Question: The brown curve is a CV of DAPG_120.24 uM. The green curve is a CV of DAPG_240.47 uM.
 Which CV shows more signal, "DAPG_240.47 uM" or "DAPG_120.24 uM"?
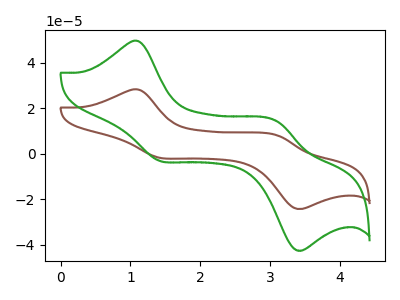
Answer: <think>The brown curve "DAPG_120.24 uM" has anodic peaks at (1.10V, 28.20uA) (3.10V, 8.10uA) and cathodic peaks at (1.40V, -1.75uA) (3.35V, -24.10uA). The green curve "DAPG_240.47 uM" has anodic peaks at (1.10V, 49.45uA) (3.10V, 14.15uA) and cathodic peaks at (1.40V, -3.10uA) (3.35V, -42.25uA).
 All the peaks in "DAPG_240.47 uM" have a peak in "DAPG_120.24 uM" at the same potential. Every peak in "DAPG_240.47 uM" is higher than every peak in "DAPG_120.24 uM".</think>
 <answer>"DAPG_240.47 uM" has more signal than "DAPG_120.24 uM".</answer>
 <eval>more_signal</eval>